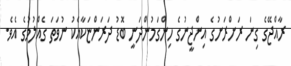
ރާއްޖޭގެ ގިނަ ރަށްރަށުގެ އިންޖީނުގެ ހިންގަމުންދަނީ ބޮޑު ދަރަންޏަކާއެކު ނުވަތަ ގެއްލުމުގެ އެވެ.